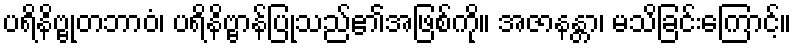
ပရိနိဗ္ဗုတဘာဝံ၊ ပရိနိဗ္ဗာန်ပြုသည်၏အဖြစ်ကို။ အဇာနန္တာ၊ မသိခြင်းကြောင့်။